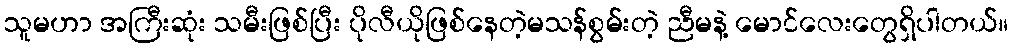
သူမဟာ အကြီးဆုံး သမီးဖြစ်ပြီး ပိုလီယိုဖြစ်နေတဲ့မသန်စွမ်းတဲ့ ညီမနဲ့ မောင်လေးတွေရှိပါတယ်။